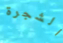
الشجرة